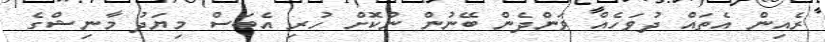
ރެއިން އެތައް ދުވަހެއް ވަންދެން ބޭނުން ނުކޮށް ހުރި އެބަސް މިޔަދު މާނިޝްގެ